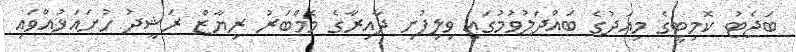
ބަޖެޓު ކޮމިޓީގެ މިއަދުގެ ބައްދަލުވުމުގައި ވިލިފުށި ދާއިރާގެ މެމްބަރު ރިޔާޒް ރަޝީދު ހުށައަޅުއްވައި